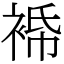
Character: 𧚓